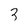
Character: 3